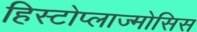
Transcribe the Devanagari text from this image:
हिस्टोप्लाज्मोसिस